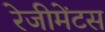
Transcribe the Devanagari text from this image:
रेजीमेंटस